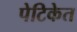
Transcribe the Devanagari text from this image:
पेटिकेत